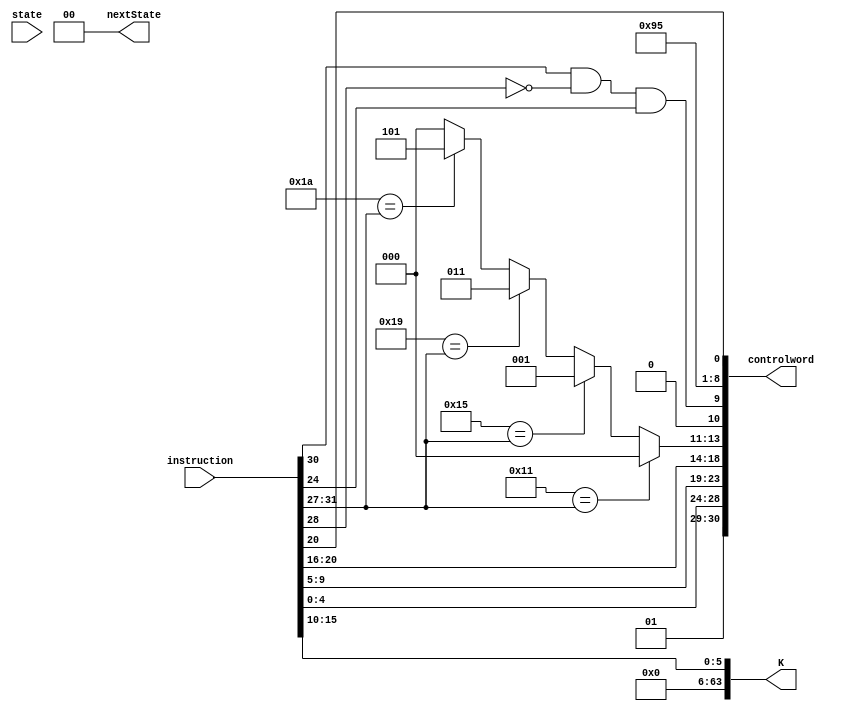
module R (instruction, state, controlword, nextState, K);

   output [30:0] controlword;
	output [1:0] nextState; 
	output [63:0] K;
	input [31:0] instruction;  
	input [1:0] state; 
	
	wire [1:0] Psel;
   wire [4:0] DA, SA, SB, Fsel;
	wire regW, ramW, EN_MEM, EN_ALU, EN_B, EN_PC, Bsel, PCsel, SL; 
	
	assign Psel = 2'b01; 
	assign DA = instruction [4:0];
	assign SA = instruction [9:5];  
	assign SB = instruction [20:16]; 
	assign Fsel [4:2] = 5'b10001 == instruction [31:27] ? 3'b000:
											5'b10101 == instruction [31:27] ? 3'b001:
											5'b11001 == instruction [31:27] ? 3'b011:
											5'b10001 == instruction [31:27] ? 5'b11001:
											5'b11010 == instruction [31:27] ? 3'b101: 
											5'b11010 == instruction [31:27] ? 3'b100: 
											3'b000; 
	assign Fsel [1:0] = {1'b0, (instruction[30] & ~instruction[28] & instruction [24])}; 
	assign regW = 1'b1;  
	assign ramW = 1'b0; 
	assign EN_MEM = 1'b0; 
	assign EN_ALU = 1'b1; 
	assign EN_B = 1'b0;
	assign EN_PC = 1'b1; 
	assign Bsel = 1'b0;  
	assign PCsel = 1'b1; 
	assign SL = instruction[20];  
	
   assign K = {{58 {1'b0}}, instruction [15:10]}; // this is for 6 bit SHMT 
	assign controlword = {Psel, DA, SA, SB, Fsel, regW, ramW, EN_MEM, EN_ALU, EN_B, EN_PC, Bsel, PCsel, SL};
	
	assign nextState = 2'b00;  
	
endmodule